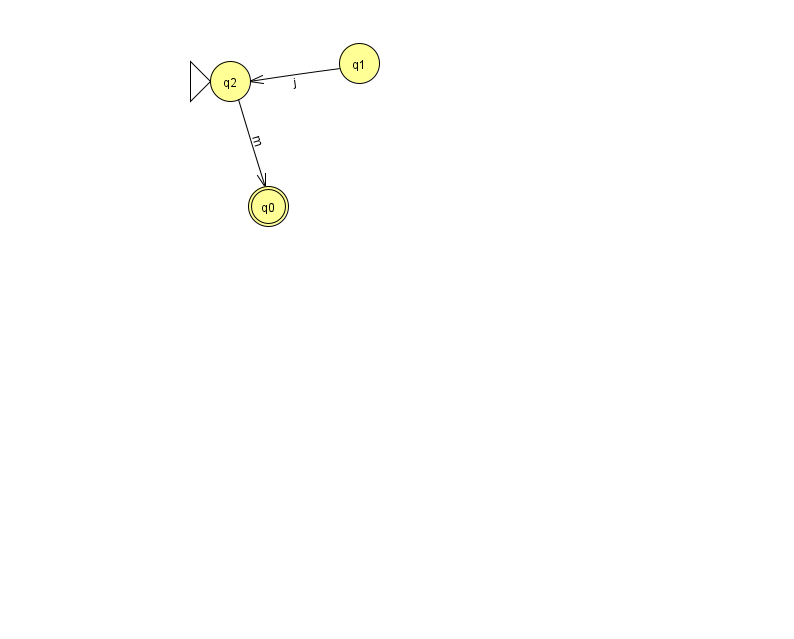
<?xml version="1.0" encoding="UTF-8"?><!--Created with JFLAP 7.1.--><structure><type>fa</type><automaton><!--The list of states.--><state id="0" name="q0"><x>268.0</x><y>193.0</y><final/></state><state id="1" name="q1"><x>359.0</x><y>50.0</y></state><state id="2" name="q2"><x>230.0</x><y>68.0</y><initial/></state><!--The list of transitions.--><transition><from>1</from><to>2</to><read>j</read></transition><transition><from>2</from><to>0</to><read>m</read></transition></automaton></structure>